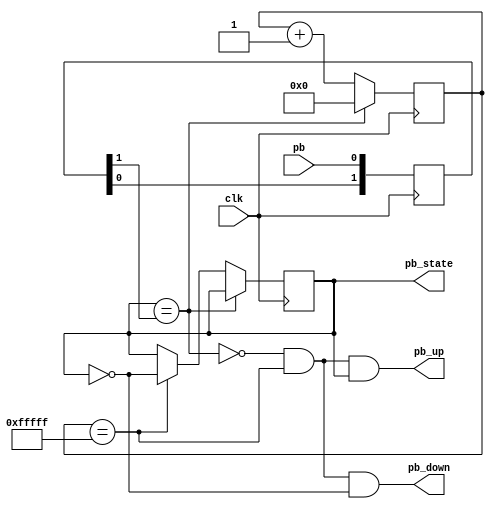
`timescale 1ns / 1ps

module pb_debouncer
#(
	parameter C_WIDTH = 20 // Counter width
)(
	input clk,
	input pb,

	output reg pb_state,
	output pb_down,
	output pb_up
);

	reg [1:0] pb_sync_shift;
	always @(posedge clk)
		pb_sync_shift <= {pb_sync_shift[0], pb};

	reg [C_WIDTH-1:0] counter;
	wire counter_max = (counter == {C_WIDTH{1'b1}});

	wire pb_sync = pb_sync_shift[1];
	wire pb_idle = (pb_state == pb_sync);

	always @(posedge clk) begin
		if (pb_idle)
			counter <= 'd0;
		else begin
			counter <= counter + 'd1;
			if (counter_max) begin
				pb_state <= ~pb_state;
			end
		end
	end

	assign pb_down = ~pb_idle & counter_max & ~pb_state;
	assign pb_up = ~pb_idle & counter_max & pb_state;

endmodule

module pb_debouncer_alt
#(
	parameter C_WIDTH = 20 // Counter width
)(
	input clk,
	input pb,

	output reg pb_state,
	output pb_down,
	output pb_up
);

	/* Shift register for input synchronization */
	reg [1:0] pb_sync_shift;
	wire pb_sync = pb_sync_shift[1];
	always @(posedge clk)
		pb_sync_shift <= {pb_sync_shift[0], pb};

	reg [C_WIDTH-1:0] counter;
	wire counter_min = (counter == 'd0);
	wire counter_max = (counter == (2 ** C_WIDTH - 1));
	
	wire pb_idle = (pb_state == pb_sync);

	always @(posedge clk) begin
		if (pb_sync == 1'b0 && ~counter_min)
			counter <= counter - 'd1;
		else if (pb_sync == 1'b1 && ~counter_max)
			counter <= counter + 'd1;
		else
			counter <= counter;
	end

	always @(posedge clk) begin
		if (counter_min)
			pb_state <= 1'b0;
		else if (counter_max)
			pb_state <= 1'b1;
		else
			pb_state <= pb_state;
	end

	assign pb_down = ~pb_idle & counter_max & ~pb_state;
	assign pb_up = ~pb_idle & counter_min & pb_state;

endmodule

module pb_debouncer2
#(
	parameter C_WIDTH = 20 // Counter width
)(
	input clk,
	input rst,
	input pb,
	output reg pb_state,
	output reg pb_negedge,
	output reg pb_posedge
);
	
	reg [1:0] pb_sync;		// Flip Flops para sincronizar.
	reg [1:0] pb_sync_next;	// Etapa combinacional
	
	reg [1:0] button_state, button_state_next;
	
	reg [C_WIDTH-1:0] pb_cnt;
	
	wire pb_cnt_max = &pb_cnt;	// Se hace el AND de todos los bits
	
/////////////////////////   sincronizando la entrada con un reloj.   //////////////////
	always @(*)
		{pb_sync_next} = {pb_sync[0], pb};
	
	always @(posedge clk or posedge rst)
		if (rst)
			pb_sync <= 2'b00;
		else
			pb_sync <= pb_sync_next;
///////////////////////////////////////////////////////////////////////////////////////
///   Desde aca en adelante se debera utilizar pb_sync[1] como si fuera el boton.  ////
	
	localparam PB_IDLE = 2'b01;
	localparam PB_COUNT = 2'b10;
	localparam PB_STABLE = 2'b11;
	
	/////// Etapa combinacional para el cambio de estado //////////
	always @(*) begin
		button_state_next = PB_IDLE; //default value
		case (button_state)
		PB_IDLE:
			if (pb_sync[1] == 1'b1)
				button_state_next = PB_COUNT;
			else
				button_state_next = PB_IDLE;
		PB_COUNT:
			if (pb_cnt_max == 1'b1)
				button_state_next = PB_STABLE;
			else if (pb_sync[1] == 1'b0)
				button_state_next = PB_IDLE;
			else
				button_state_next = PB_COUNT;
		PB_STABLE:
			if (pb_sync[1] == 1'b0)
				button_state_next = PB_IDLE;
			else
				button_state_next = PB_STABLE;
		endcase
	end
	
	//registrando el estado
	always @(posedge clk or posedge rst)
		if (rst)
			button_state <= PB_IDLE;
		else
			button_state <= button_state_next;
	
	//registrando las salidas
	always @(posedge clk or posedge rst) begin
		if (rst) begin
			{pb_negedge, pb_posedge, pb_state} <= 3'b000;
			pb_cnt <= 16'd0;
		end else begin
			{pb_negedge, pb_posedge, pb_state} <= 3'b000;
			pb_cnt <= 16'd0;

			case (button_state) 
			PB_COUNT: begin
				pb_posedge <= (pb_cnt_max == 1'b1);
				pb_cnt <= pb_cnt + 1'b1;
			end	
			PB_STABLE: begin
				pb_negedge <= (pb_sync[1] == 1'b0);
				pb_state <= 1'b1;
			end
			endcase
		end
	end
endmodule

module pb_debouncer_wrapper
#(
	parameter C_WIDTH = 20 // Counter width
)(
	input clk,
	input pb,

	output pb_state,
	output pb_down,
	output pb_up
);

	pb_debouncer2 #(
		.C_WIDTH(C_WIDTH)
	) pb_inst (
		.clk(clk),
		.rst(1'b0),
		.pb(pb),
		.pb_state(pb_state),
		.pb_negedge(pb_up),
		.pb_posedge(pb_down)
	);

endmodule